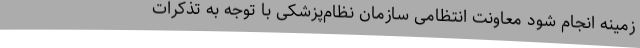
زمینه انجام شود معاونت انتظامی سازمان نظام‌پزشکی با توجه به تذکرات